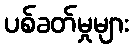
ပစ်ခတ်မှုများ